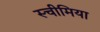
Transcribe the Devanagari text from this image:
स्चीमिया